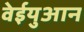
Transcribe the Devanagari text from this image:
वेईयुआन